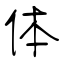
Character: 体